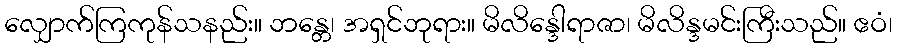
လျှောက်ကြကုန်သနည်း။ ဘန္တေ၊ အရှင်ဘုရား။ မိလိန္ဒေါရာဇာ၊ မိလိန္ဒမင်းကြီးသည်။ ဧဝံ၊